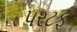
પરટફ